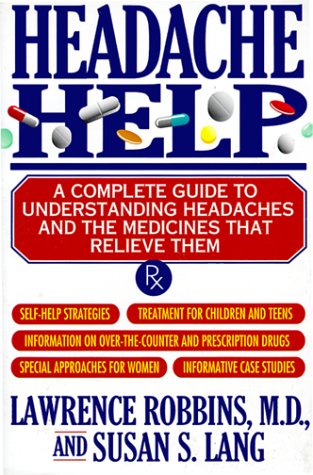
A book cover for Headache Help: A Complete Guide to Understanding Headaches and the Medicines That Relieve Them; Susan Lang; Health, Fitness & Dieting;